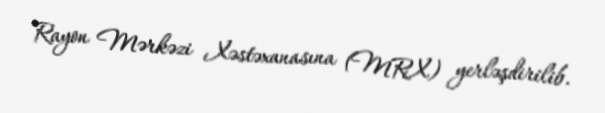
Rayon Mərkəzi Xəstəxanasına (MRX) yerləşdirilib.